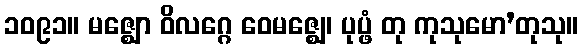
၁၀၉၁။ မဇ္ဈော ဝိလဂ္ဂေ ဝေမဇ္ဈေ၊ ပုပ္ဖံ တု ကုသုမော’တုသု။